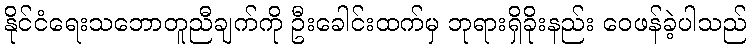
နိုင်ငံရေးသဘောတူညီချက်ကို ဦးခေါင်းထက်မှ ဘုရားရှိခိုးနည်း ဝေဖန်ခဲ့ပါသည်